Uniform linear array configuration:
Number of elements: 24
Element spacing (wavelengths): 0.5
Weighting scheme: hamming
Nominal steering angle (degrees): -45
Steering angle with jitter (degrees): -45.774
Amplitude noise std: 0.05
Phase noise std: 0.05

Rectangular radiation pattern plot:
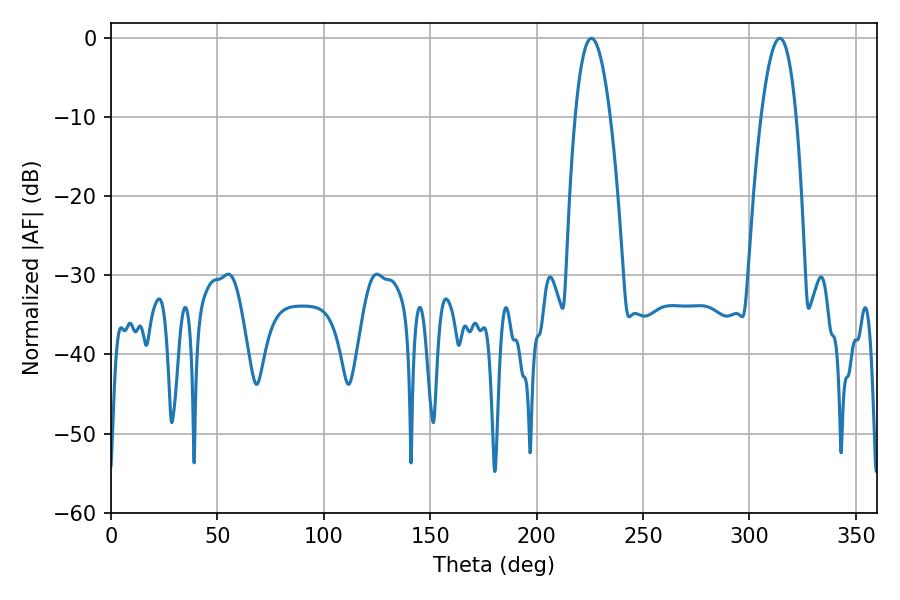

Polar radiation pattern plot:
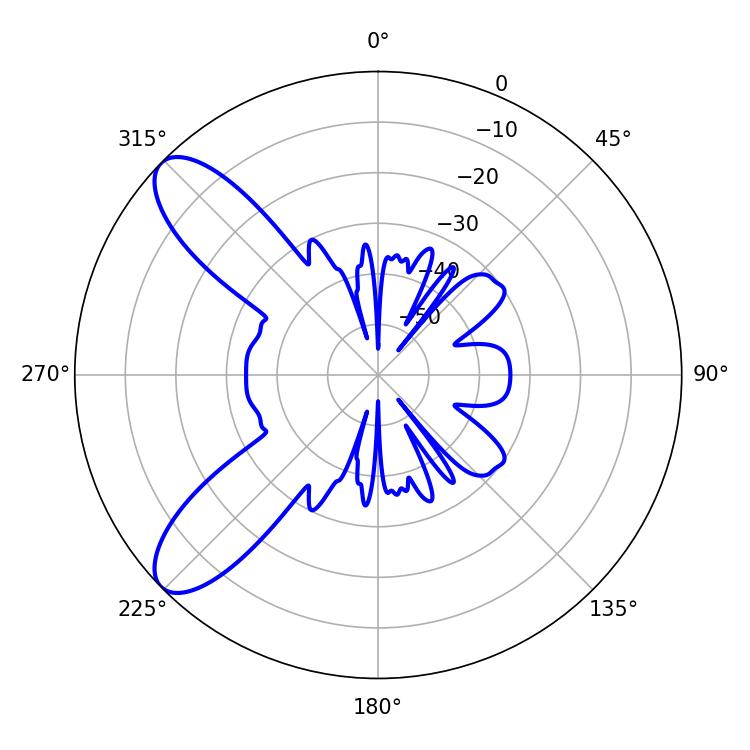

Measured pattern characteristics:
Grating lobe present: FALSE
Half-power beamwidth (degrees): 9
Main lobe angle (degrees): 225.72